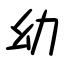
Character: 幼